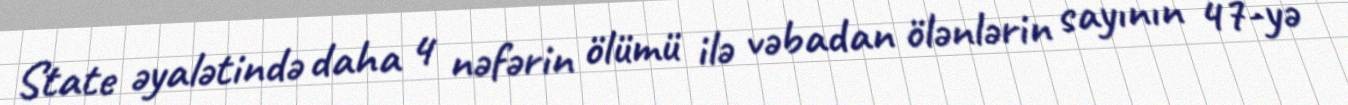
State əyalətində daha 4 nəfərin ölümü ilə vəbadan ölənlərin sayının 47-yə